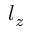
l _ { z }